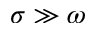
\sigma \gg \omega